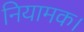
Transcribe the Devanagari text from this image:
नियामक।